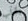
بقلب